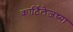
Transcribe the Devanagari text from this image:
कार्टिलेजच्या